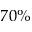
7 0 \%